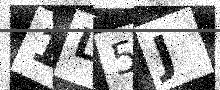
Text: 1L5J